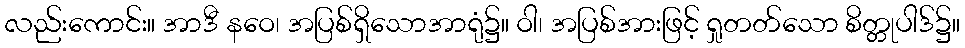
လည်းကောင်း။ အာဒီ နဝေ၊ အပြစ်ရှိသောအာရုံ၌။ ဝါ၊ အပြစ်အားဖြင့် ရှုတတ်သော စိတ္တုပါဒ်၌။